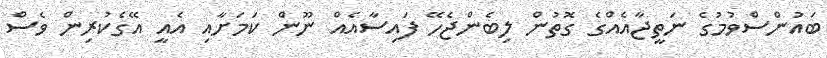
ބައުންސްވުމުގެ ނަތީޖާއެއްގެ ގޮތުން ލިބެންޖެހޭ ފައިސާއެއް ނޫން ކަމަށާއި އެއީ އޭގެކުރިން ވެސް